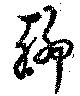
聊